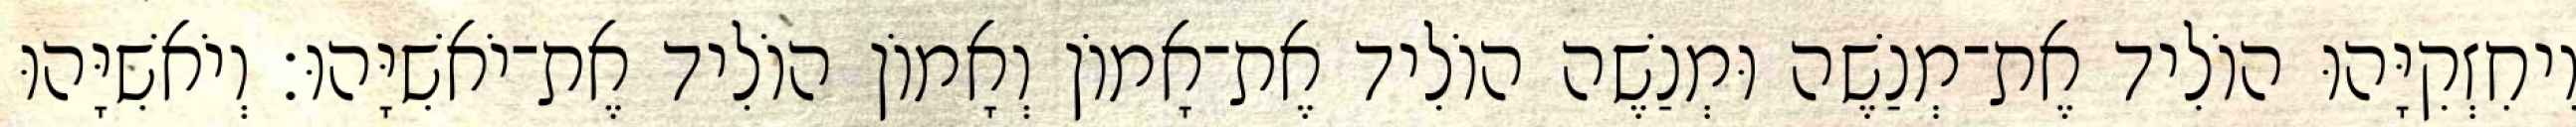
וִיחִזְקִיָּהוּ הוֹלִיד אֶת־מְנַשֶׁה וּמְנַשֶׁה הוֹלִיד אֶת־אָמוֹן וְאָמוֹן הוֹלִיד אֶת־יֹאשִׁיָּהוּ׃ וְיֹאשִׁיָּהוּ